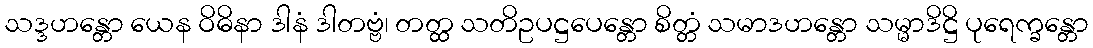
သဒ္ဒဟန္တော ယေန ဝိဓိနာ ဒါနံ ဒါတဗ္ဗံ၊ တတ္ထ သတိဥပဋ္ဌပေန္တော စိတ္တံ သမာဒဟန္တော သမ္မာဒိဋ္ဌိ ပုရေက္ခန္တော